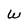
Character: W